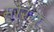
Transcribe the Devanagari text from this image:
मोर्ग